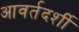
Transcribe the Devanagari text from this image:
आवर्तदर्शी